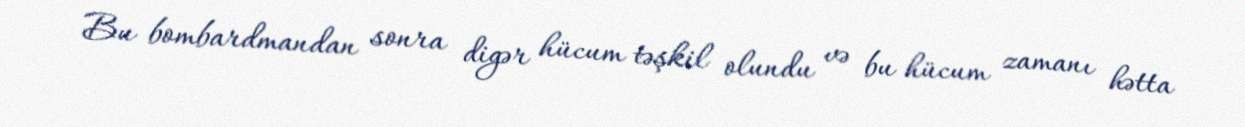
Bu bombardmandan sonra digər hücum təşkil olundu və bu hücum zamanı hətta